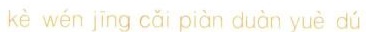
kè wén jīng cǎi piàn duàn yuè dú